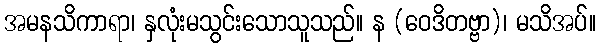
အမနသိကာရာ၊ နှလုံးမသွင်းသောသူသည်။ န (ဝေဒိတဗ္ဗာ)၊ မသိအပ်။